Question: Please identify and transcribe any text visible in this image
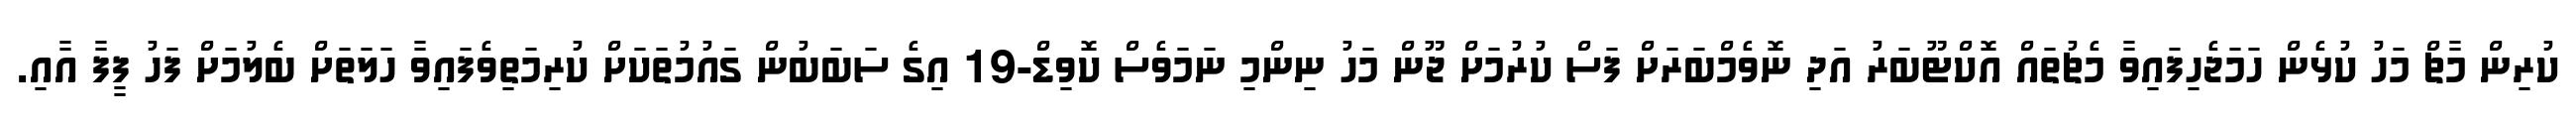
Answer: ކުރިން މާޗް މަހު ކުޅެން ހަމަޖެހިފައިވާ މެޗުތައް އޮކްޓޫބަރު އަދި ނޮވެމްބަރަށް ފަސް ކުރުމަށް ޖޫން މަހު ނިންމި ނަމަވެސް ކޮވިޑް-19 އިގެ ސަބަބުން ގައުމުތަކަށް ކުރިމަތިވެފައިވާ ހަލަތަށް ބެލުމަށް ފަހު ފީފާ އާއި.